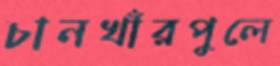
চানখাঁরপুলে